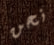
نحن